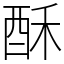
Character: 酥